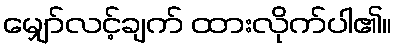
မျှော်လင့်ချက် ထားလိုက်ပါ၏။